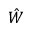
\hat { W }